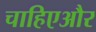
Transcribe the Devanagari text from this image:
चाहिएऔर